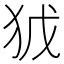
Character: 𭸀